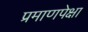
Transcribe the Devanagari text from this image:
प्रमाणपेक्षा